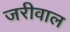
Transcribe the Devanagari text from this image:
जरीवाल